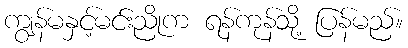
ကျွန်မနှင့်မင်းညိုက ရန်ကုန်သို့ ပြန်မည်။